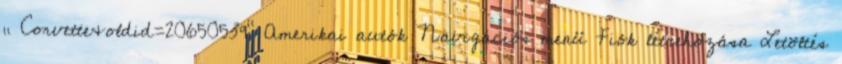
„ Corvette&oldid=20650539” Amerikai autók Navigációs menü Fiók létrehozása Letöltés